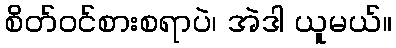
စိတ်ဝင်စားစရာပဲ၊ အဲဒါ ယူမယ်။